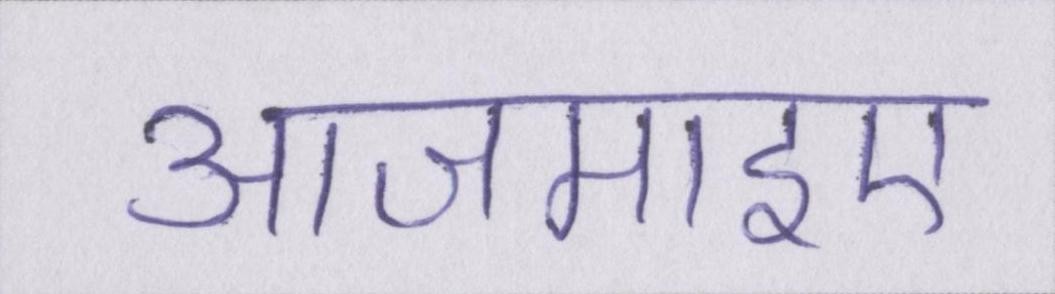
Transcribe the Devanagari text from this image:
आजमाइए